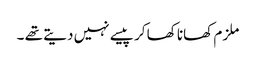
ملزم کھانا کھا کر پیسے نہیں دیتے تھے ۔